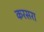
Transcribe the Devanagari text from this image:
करसरा